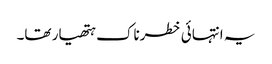
یہ انتہائی خطرناک ہتھیار تھا۔